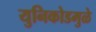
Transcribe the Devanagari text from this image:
युनिकोडमुळे